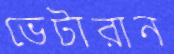
ভেটারান